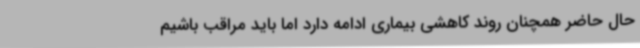
حال حاضر همچنان روند کاهشی بیماری ادامه دارد اما باید مراقب باشیم